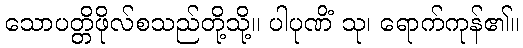
သောပတ္တိဖိုလ်စသည်တို့သို့။ ပါပုဏိံ သု၊ ရောက်ကုန်၏။